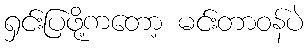
ရှင်းပြဖို့ကတော့ မင်းတာဝန်ပဲ